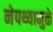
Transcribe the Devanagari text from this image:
नेपथ्यामुळे